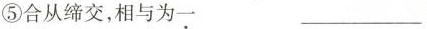
⑤合从缔交，相与为一 ___